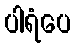
ပါရံပေ